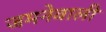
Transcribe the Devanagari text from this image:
जमनेवाली